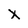
Character: X